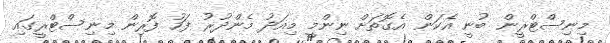
މިނިސްޓްރީން ބުނީ އެކަން އެގޮތަށް ނިންމީ މިއަދު މެންދުރު ފަހު ފޮރިން މިނިސްޓްރީގައި